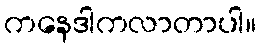
ကနေဒါကလာတာပါ။